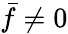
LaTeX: \bar{f}\ne 0